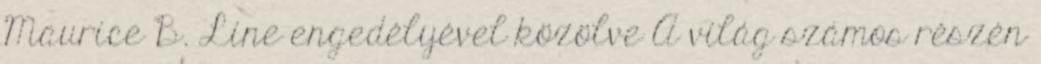
Maurice B. Line engedélyével közölve A világ számos részén